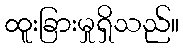
ထူးခြားမှုရှိသည်။